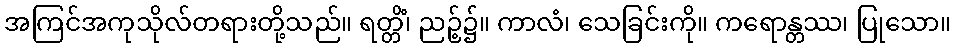
အကြင်အကုသိုလ်တရားတို့သည်။ ရတ္တိံ၊ ညဉ့်၌။ ကာလံ၊ သေခြင်းကို။ ကရောန္တဿ၊ ပြုသော။